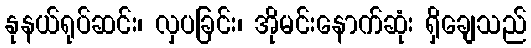
နုနယ်ရုပ်ဆင်း၊ လှပခြင်း၊ အိုမင်းနောက်ဆုံး ရှိချေသည်